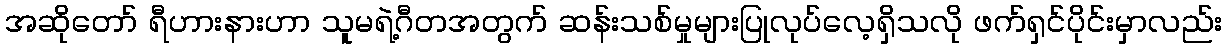
အဆိုတော် ရီဟားနားဟာ သူမရဲ့ဂီတအတွက် ဆန်းသစ်မှုများပြုလုပ်လေ့ရှိသလို ဖက်ရှင်ပိုင်းမှာလည်း